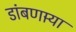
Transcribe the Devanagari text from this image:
डांबणार्‍या